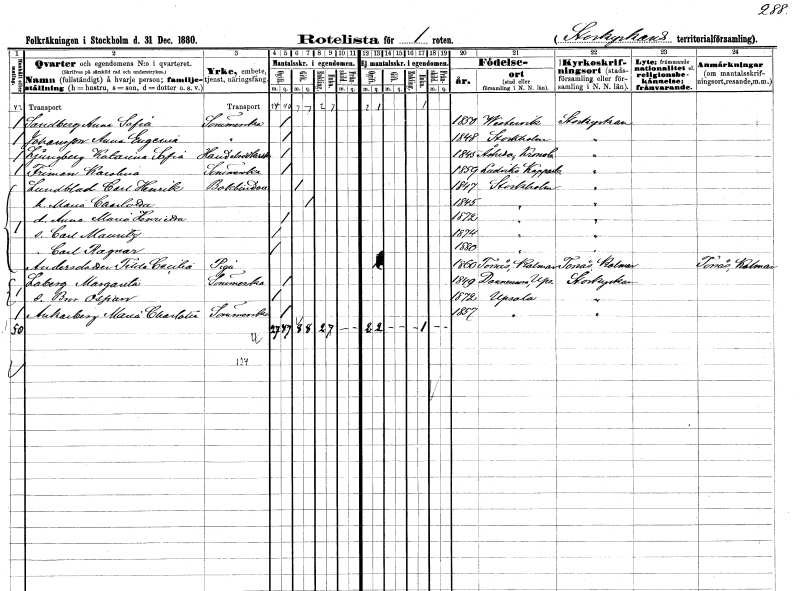
gt_parse: households: individuals: FN: Anna Sofia
EN: Sandberg
YRKE: Sömmerska
KON: K
CIV: O
FODAR: 1850
FODFORS: Västervik Kalmar län
FN: Anna Eugenia
EN: Johansson
YRKE: Sömmerska
KON: K
CIV: O
FODAR: 1848
FODFORS: Stockholm
FN: Katarina Sofia
EN: Ljungberg
YRKE: Handelsidkerska
KON: K
CIV: O
FODAR: 1845
FODFORS: Åseda Kronobergs län
FN: Karolina
EN: Friman
YRKE: Sömmerska
KON: K
CIV: O
FODAR: 1859
FODFORS: Ludvika Kopparbergs län
FN: Carl Henrik
EN: Lundblad
YRKE: Bokbindare
KON: M
CIV: G
FODAR: 1847
FODFORS: Stockholm
FN: Maria Charlotta
KON: K
CIV: G
FODAR: 1845
FODFORS: Stockholm
FN: Anna Maria Henrietta
KON: K
CIV: O
FODAR: 1872
FODFORS: Stockholm
FN: Carl Mauritz
KON: M
CIV: O
FODAR: 1874
FODFORS: Stockholm
FN: Carl Ragnar
KON: M
CIV: O
FODAR: 1880
FODFORS: Stockholm
FN: Tilda Cecilia
EN: Andersdotter
YRKE: Piga
KON: K
CIV: O
FODAR: 1860
FODFORS: Torsås Kalmar län
FN: Margareta
EN: Laberg
YRKE: Sömmerska
KON: K
CIV: O
FODAR: 1849
FODFORS: Dannemora Uppsala län
FN: Bror Ospan
KON: M
CIV: O
FODAR: 1872
FODFORS: Uppsala Uppsala län
FN: Maria Charlotta
EN: Ankarberg
YRKE: Sömmerska
KON: K
CIV: O
FODAR: 1857
FODFORS: Uppsala Uppsala län